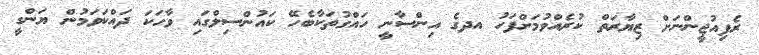
ރެފިއުޖީންނަށް ޒިޔާރަތް ކުރެއްވުމަށްފަހު އދގެ އިންސާނީ ހައްގުތަކާބެހޭ ކައުންސިލްގައި ވާހަކަ ދައްކަވަމުން ޔަންގީ